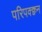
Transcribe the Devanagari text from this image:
परिपक्क्वन